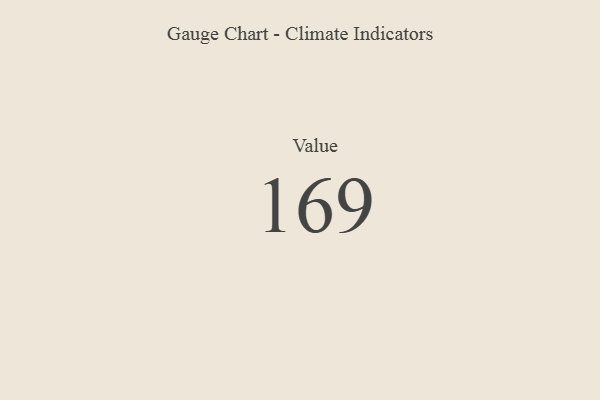
{"axis": {"x": "Metric", "y": "Value"}, "legend": [""], "data": [{"x": "Value", "y": 169, "type": ""}]}